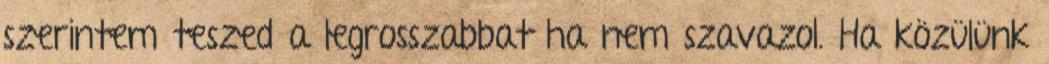
szerintem teszed a legrosszabbat ha nem szavazol. Ha közülünk